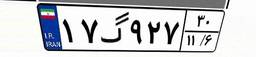
۱۷گ۹۲۷۳۰